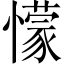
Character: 懞